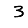
Digit: 3